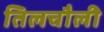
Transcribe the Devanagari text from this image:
तिलचौली